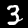
Label: 3